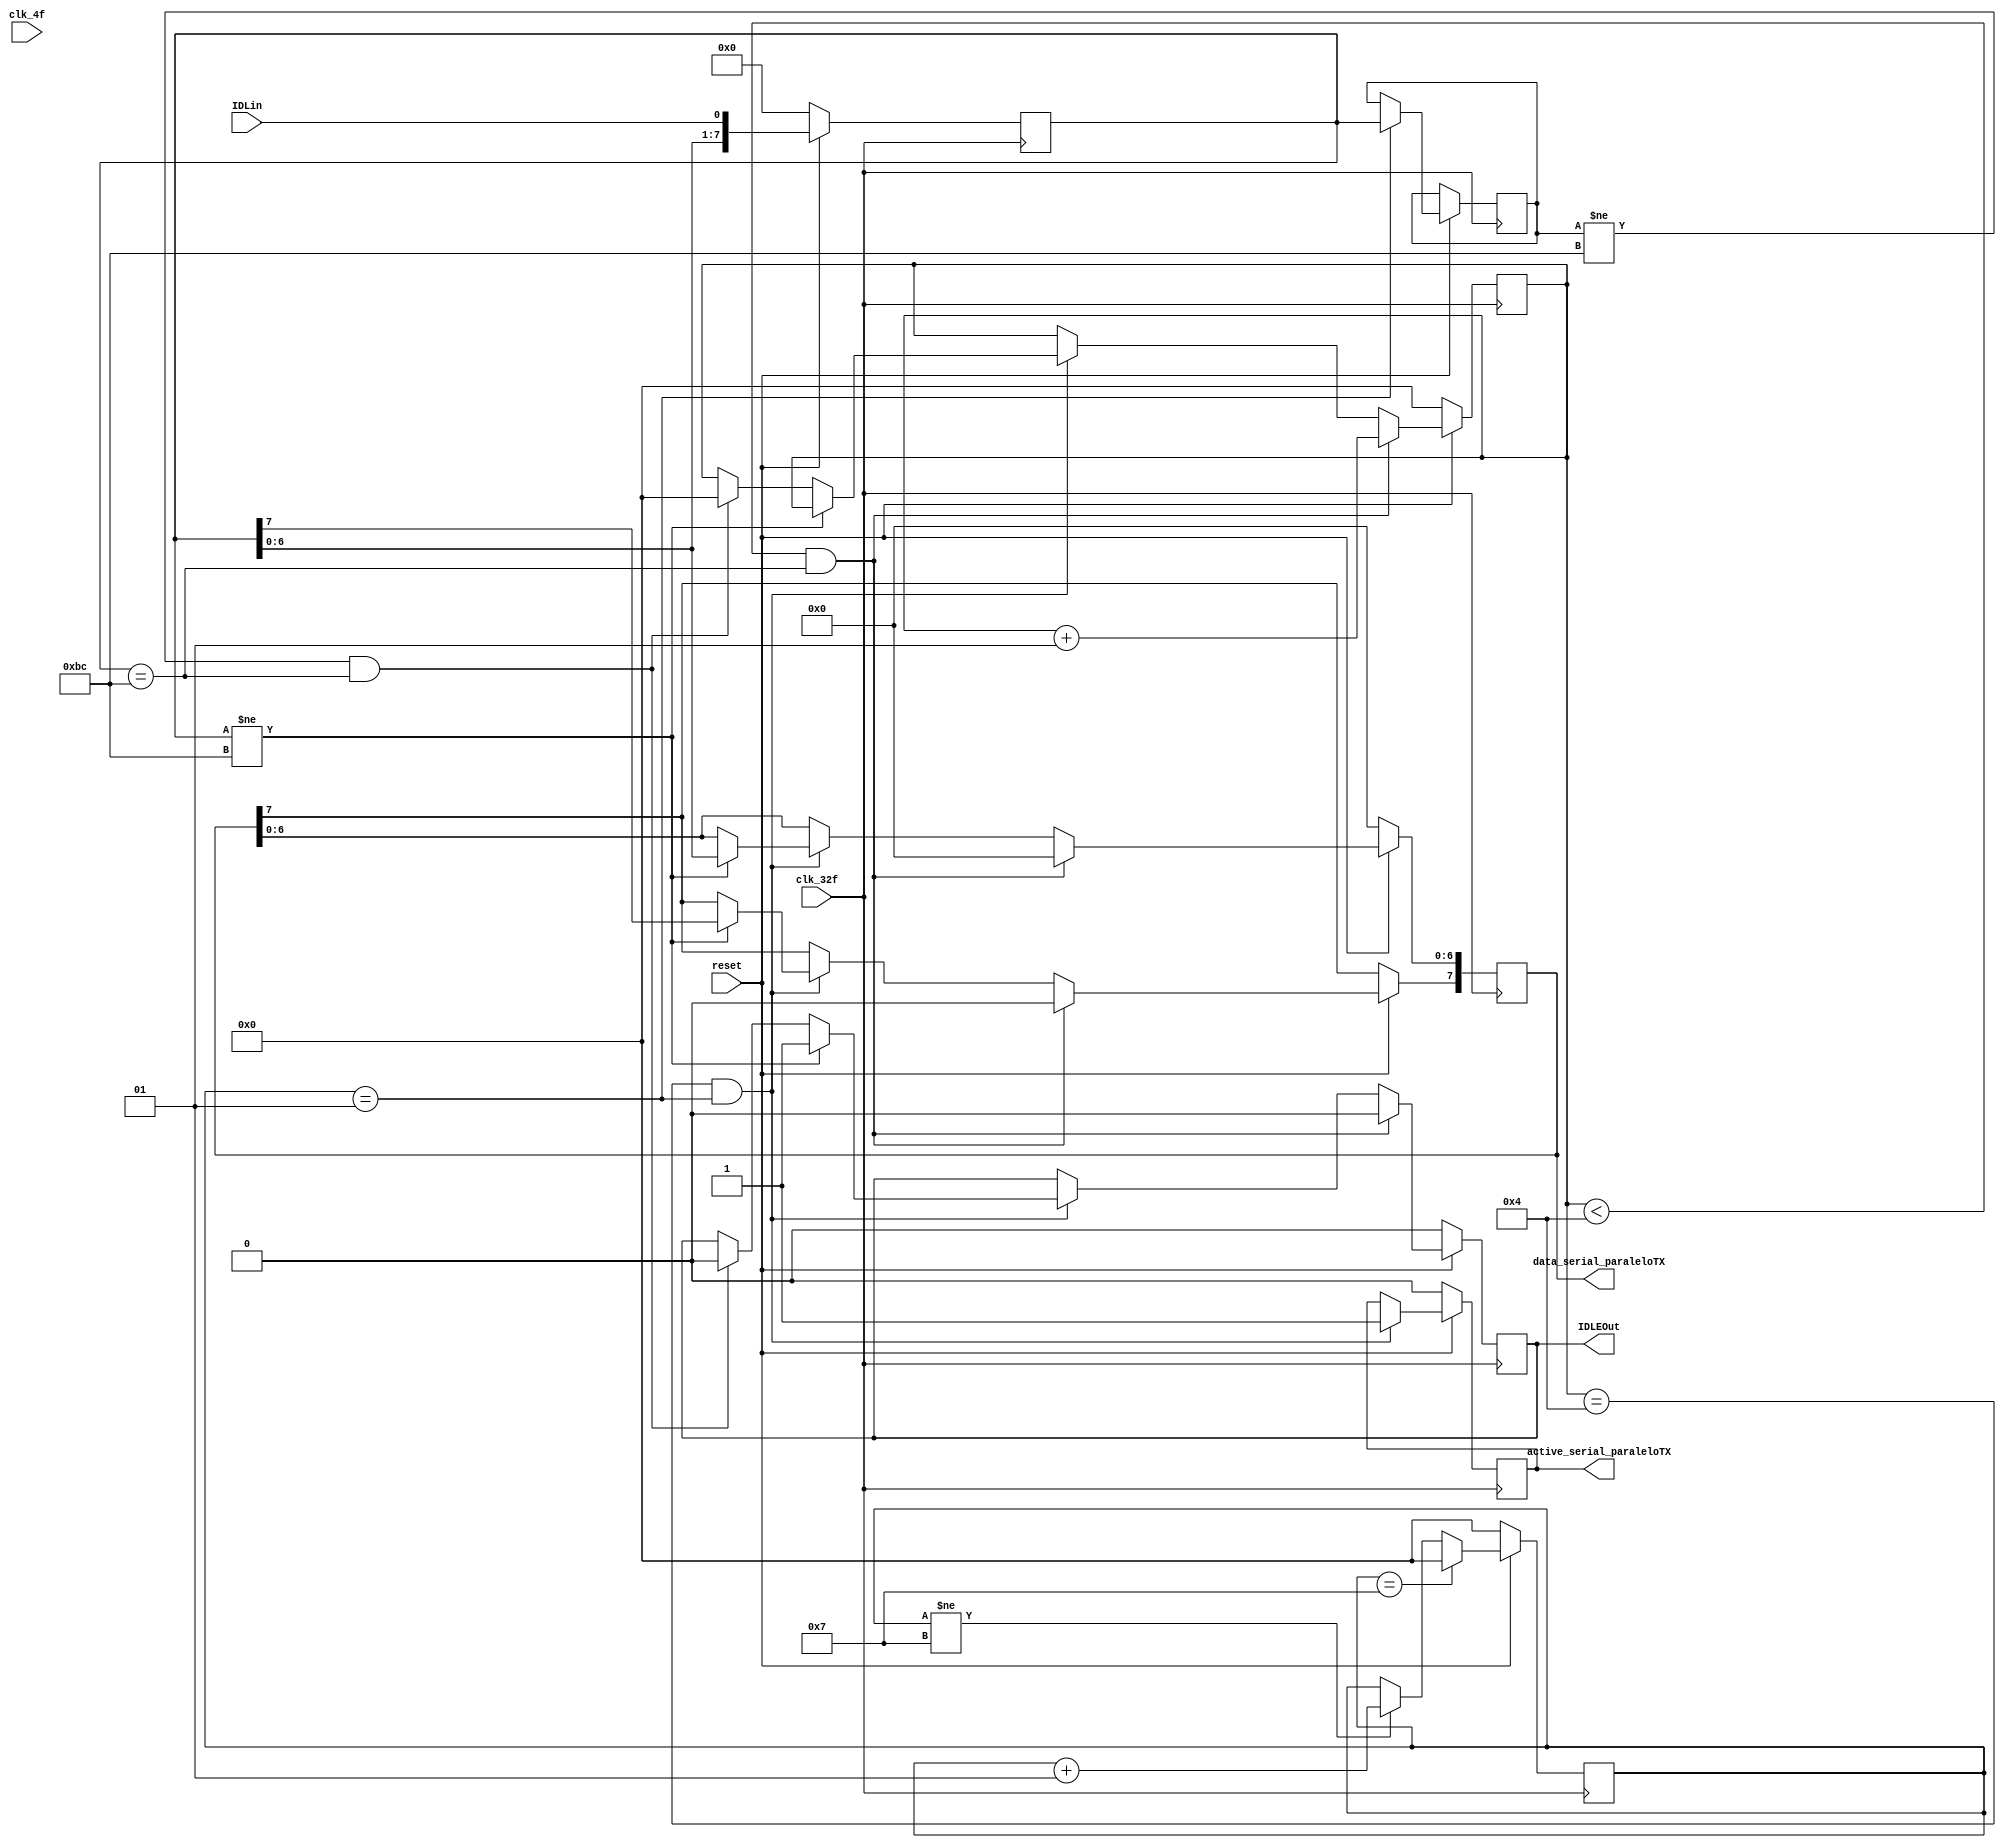
 /* ***********************************************************
                    Universidad de Costa Rica
                 Escuela de Ingenieria Electrica
                            IE-0323
                      Circuitos Digitales 1

                        serial_paralelo.v

Descripcion:
  

*********************************************************** */

module serial_paralelo(
	//ENTRADAS
			
			input IDLin,			//entrada de datos
			input reset,			//
			input clk_32f,			//clock frecuencia 32
			input clk_4f,			//clock frecuencia 4
	//SALIDAS
	
			output reg	[7:0] data_serial_paraleloTX, 		//salida RX
			output reg	active_serial_paraleloTX,		//active
			output reg  IDLEOut			//valid
						
);
			reg [7:0] buffer;					//guarda datos actuales (n)
			reg [7:0] buffer_pasado;			//guarda datos pasados (n-1)
			
			integer contador;					//
			integer contador_BC;				//contador de datos BC entrada*se buscan 4

	always @(posedge clk_32f)
	
	begin
			if( reset == 0) 
			
			begin
				
				data_serial_paraleloTX [6:0] <= 8'b00000000;
				active_serial_paraleloTX <= 0;
				IDLEOut	<= 0;
				buffer <= 0;
				contador <= 0;
				contador_BC <= 0;
			end
			
			else
			begin
				buffer <= {buffer[6:0], IDLin};	//en buffer se concatena al ultimo bit de posicion el dato se va llenando de esta manera 
				
				if (contador_BC == 4 && contador == 1)
				begin
					
					active_serial_paraleloTX <= 1;
					
					if (buffer != 8'hBC)
					
					begin
						
						IDLEOut	<= 1;
						data_serial_paraleloTX <= buffer;
					end
					
					else if (buffer_pasado != 8'hBC && buffer == 8'hBC)
					
					begin
						
						IDLEOut	<= 0;
						contador_BC <= 0;
						
					end
			end
				
				if (contador_BC < 4 && buffer == 8'hBC)
				
				begin
					
						IDLEOut	<= 0;
						data_serial_paraleloTX <= 0;
						contador_BC <= contador_BC + 1;
				end
					
				if (contador == 1)
				begin
						buffer_pasado <=buffer;
				end
				
				if (contador == 7)
				begin
						contador <= 0;
				end
				
				else if (contador != 7)
				begin
						contador <= contador + 1;
				end
		end
	end
endmodule